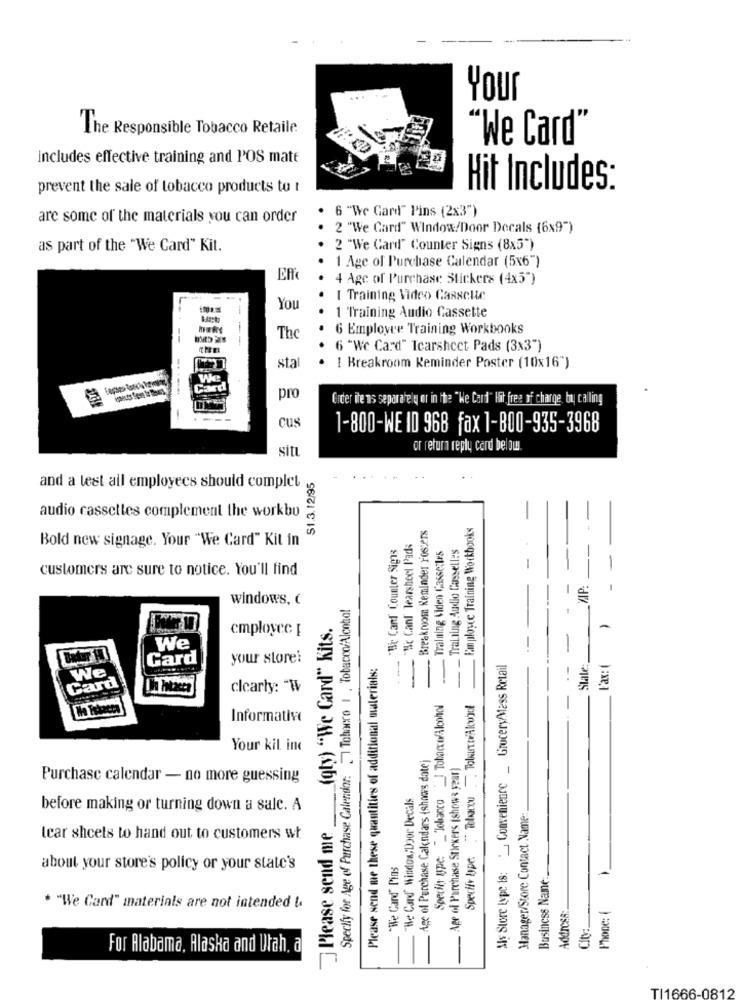
Your
The Responsible Tobacco Retaile
"We Card'
includes effective training and POS matt
prevent the sale of tobacco products to t
Hit Includes:
. 6 "We Care" Pins (2x3")
are some of the materials you can order
2 "We Card" Window/Door Decals (6x9")
as part of the "We Card" Kit.
2 "We Card" Counter Signs (8x5")
1 Age of Purchase Calendar (5x6")
4 Age of Purchase Stickers (4x5")
I Training Video Casseute
You
--
--
1 Training Audio Cassette
6 Employer Training Workbooks
The
6 "We Card" Icarsheet Pads (3x3")
sta
I Breakroom Reminder Poster (10x16")
We
Card
pro
Crder ite ms separately or in the "Ke Card" Hit free of charge, by calling
cus
1-800-WE 10 968 fax 1-800-935-3968
sitt
or retura reply card below
S1.3.12/95
and a test all employees should complet
audio cassettes complement the workbo
Breakroom Reminder Fosters
Employce Training Workbooks
Bold new signage. Your "We Card" Kit in
"Hi Cant Counter Signs
"Ac Cant Tearsheet Pads
Tralning Viden Cassettes
Training Audio Casselles
-
-
customers are sure to notice. You'll find
AIP:
1
windows, c
Specify for Age of Purchase Calendar: Tobacco 1 . Tobacco/Alcohol
(qty) "We Card" Kits.
employee [
--
-
We
Card
your store:
Please send me these quantities of additional materials:
Als Store type is: Conveniente _ GroceryMess Retail
Stale
Fax:(
We,
!
Card
clearly: “W
Species upe: "_"Tobacco | Tobacco/Alcohol
Informative
Your kil inc
Age of Purchase Calendars (shows date)
Age of Purchase Stickers (shows year)
Purchase calendar - no more guessing
"He Card' Window; Door Decals
Tobacco
before making or turning down a sale. A
Manager/Store Contact Name
Please send me
tear sheets to hand out to customers wt
Specify Upe
"We Cand' Pins
about your store's policy or your state's
Business Name ...
* "We Card" materials are not intended !.
Address:
Phone: (
City:
For Alabama, Alaska and Utah. a
TI1666-0812